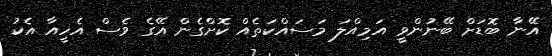
އޭނާ ބޮޑަށް ބޭނުންވީ އަމިއްލަ މަސައްކަތެއް ކޮށްގެން އޭގެ ވެސް އެހީއާ އެކު